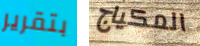
بتقرير المكياج